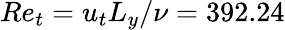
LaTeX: Re_{t}=u_{t}L_{y}/\nu=392.24